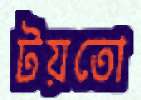
টয়তো